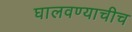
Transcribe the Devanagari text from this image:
घालवण्याचीच